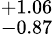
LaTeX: _{-0.87}^{+1.06}